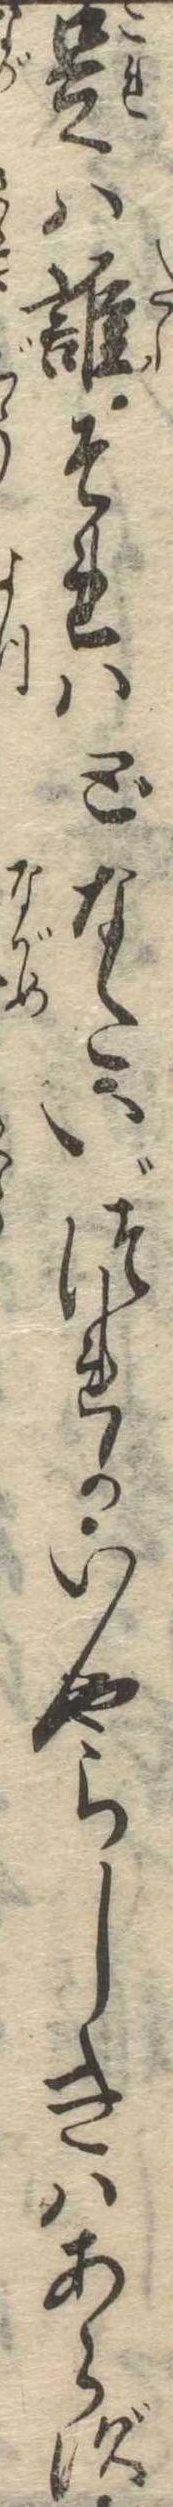
是は誰それはどなたいづれかいやらしきはあらず